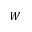
W